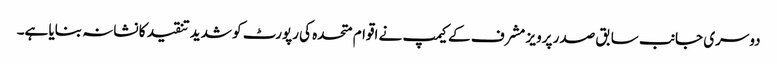
دوسری جانب سابق صدر پرویز مشرف کے کیمپ نے اقوام متحدہ کی رپورٹ کو شدید تنقید کا نشانہ بنایا ہے۔